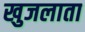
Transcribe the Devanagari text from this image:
खुजलाता